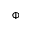
\Phi